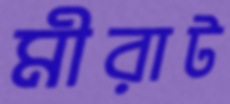
মীরাট